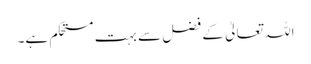
اللہ تعالیٰ کے فضل سے بہت مستحکم ہے۔